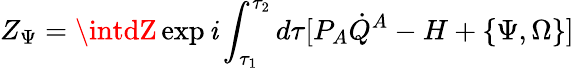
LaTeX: Z_{\Psi}=\intdZ\exp\mathit{i}\int_{\tau_{1}}^{\tau_{2}}d\tau[P_{A}\dot{{Q}}^{A}-H+\{ \Psi,\Omega\} ]